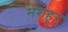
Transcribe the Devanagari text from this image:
मशहूर्